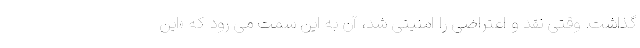
گذاشت. وقتی نقد و اعتراضی را امنیتی شد، آن به این سمت می‌ رود که «این